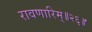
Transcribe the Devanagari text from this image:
रावणारिम्‌॥२६॥